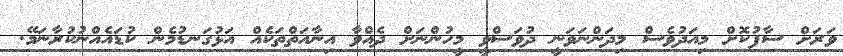
ވަރަށް ސާފުކޮށް މިއަދުވެސް މިދަންނަވަނީ ދުވަސްވީ މީހުންނަށް ދެއްވާ އިނާއަތްތަކެއް އަޅުގަނޑުމެން ކުޑައެއްނުކުރާނަމޭ.